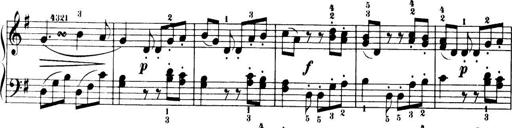
Title: 32 Sonatinas and Rondos for the Piano
Composer: Richard Kleinmichel